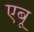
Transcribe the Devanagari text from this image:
एबू